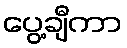
ပွေ့ချီကာ